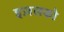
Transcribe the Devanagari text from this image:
इज़लको